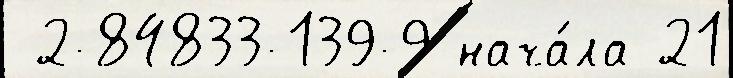
 2-84833-139-9 нача́ла 21